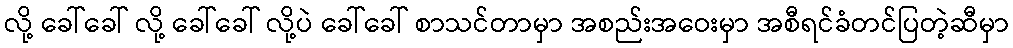
လို့ ခေါ်ခေါ် လို့ ခေါ်ခေါ် လို့ပဲ ခေါ်ခေါ် စာသင်တာမှာ အစည်းအဝေးမှာ အစီရင်ခံတင်ပြတဲ့ဆီမှာ